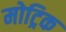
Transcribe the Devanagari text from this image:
मोट्रिक